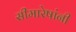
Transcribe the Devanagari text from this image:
सीमारेषांनी